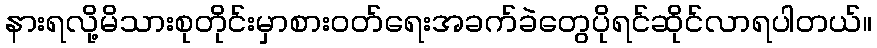
နားရလို့မိသားစုတိုင်းမှာစားဝတ်ရေးအခက်ခဲတွေပိုရင်ဆိုင်လာရပါတယ်။